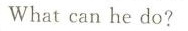
What can he do?